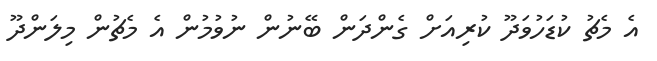
އެ މެޗު ކުޑަހުވަދޫ ކުރިއަށް ގެންދަން ބޭނުން ނުވުމުން އެ މެޗުން މިލަންދޫ